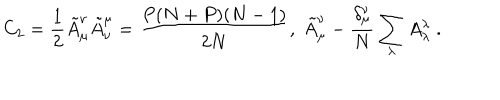
C _ { 2 } = \frac { 1 } { 2 } \tilde { A } _ { \mu } ^ { \nu } \tilde { A } _ { \nu } ^ { \mu } = \frac { P ( N + P ) ( N - 1 ) } { 2 N } , \; \tilde { A } _ { \mu } ^ { \nu } - \frac { \delta _ { \mu } ^ { \nu } } { N } \sum _ { \lambda } A _ { \lambda } ^ { \lambda } \; .